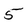
Character: 5